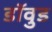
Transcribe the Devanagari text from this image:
डॉवुड